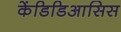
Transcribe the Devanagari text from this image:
केंडिडिआसिस